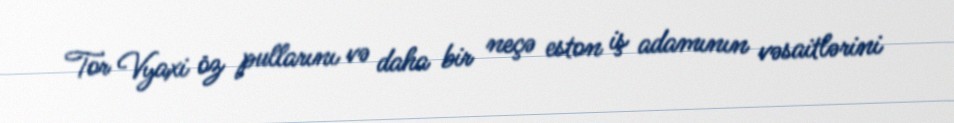
Tor Vyaxi öz pullarını və daha bir neçə eston iş adamının vəsaitlərini